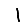
Digit: 1